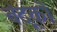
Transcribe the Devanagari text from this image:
बंदूको